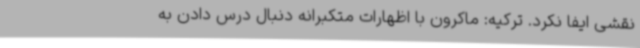
نقشی ایفا نکرد. ترکیه: ماکرون با اظهارات متکبرانه دنبال درس دادن به